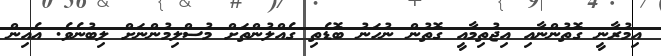
އިމުރާނީ ގޮތުންނާއި އިޖުތިމާއީ ގޮތުން ނުހަނު ބޮޑެތި ގެއްލުންތަށް މުސްލިމުންނަށް ލިބުނެވެ. އެއިން